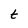
Character: t